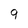
Character: q